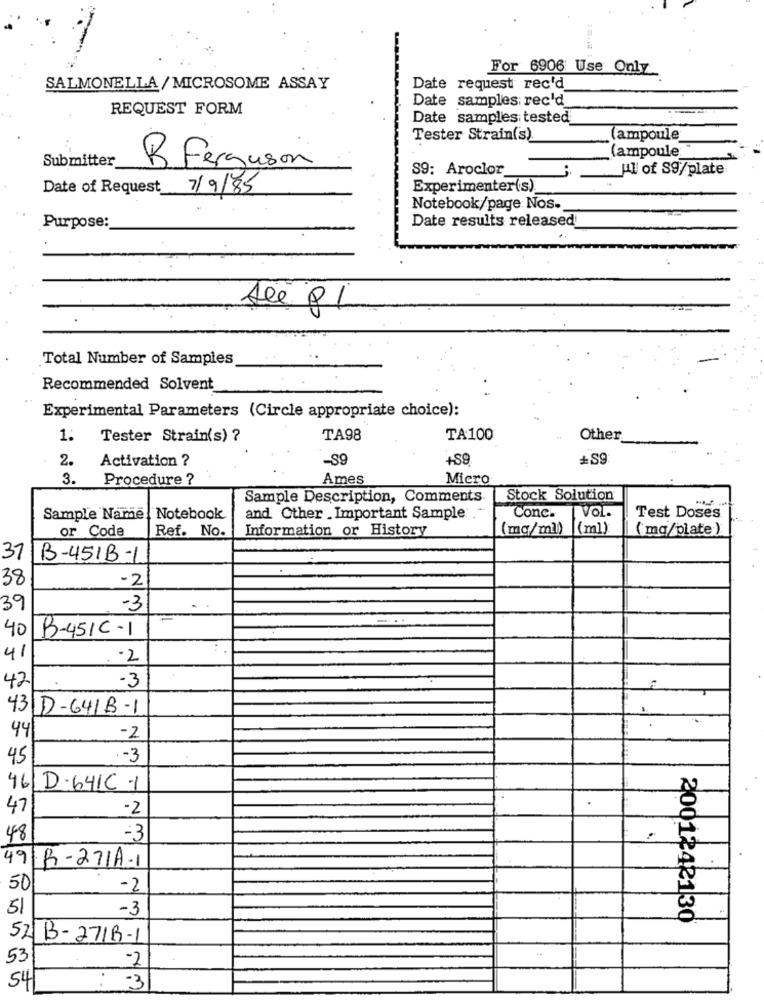
For 6906 Use Only
SALMONELLA/MICROSOME ASSAY
Date request rec'd
Date samples rec'd
REQUEST FORM
Date samples tested
Tester Strain(s)
ampoule
(ampoule
Submitter
R Ferguson
S9: Aroclor
Hl of S9/plate
Date of Request
7/9/85
Experimenter(s)
Notebook/page Nos.
Date results released
Purpose:
Ale PL
Total Number of Samples
Recommended Solvent
Experimental Parameters (Circle appropriate choice):
1:
Tester Strain(s) ?
TA98
TA100
Other
2.
Activation ?
-89
+89
+S9
3.
Procedure ?
Ames
Micro
Sample Description, Comments.
Stock Solution
T Vol.
Sample Name : Notebook
and Other .Important Sample ."
Conc.
Test Doses
or Code
Ref. No.
Information or History
(mg/ml))
(ml)
(mq/plate )
37
B-451B-1
38
-2
39
-3
40
B-451C-1
41
-3
42
43D-641B-1
44
-2
45
.- 3
46/D-641C -1
47
-2
48
-3
49 R-271A-1
50
-2
51
-3
2001242130
52 B-271B-1
53
-2
54
-3